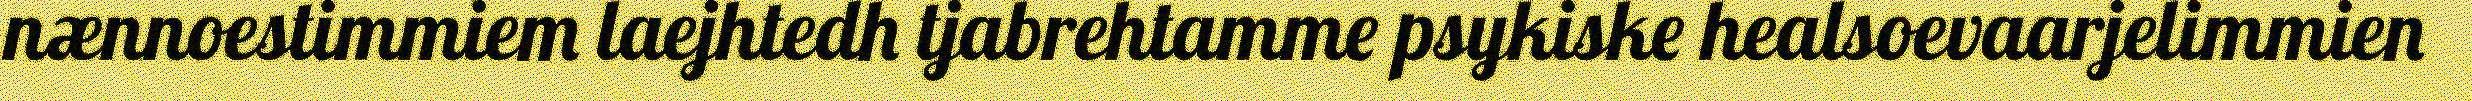
nænnoestimmiem laejhtedh tjabrehtamme psykiske healsoevaarjelimmien